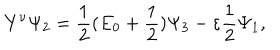
LaTeX: \mathbf { Y } ^ { \nu } \Psi _ { 2 } = \frac { 1 } { 2 } ( E _ { 0 } + \frac { 1 } { 2 } ) \Psi _ { 3 } - \varepsilon \frac { 1 } { 2 } \Psi _ { 1 } ,